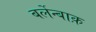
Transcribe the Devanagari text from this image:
बर्लेन्बाक़